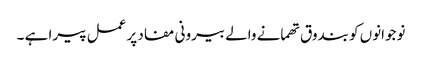
نوجوانوں کو بندوق تھمانے والے بیرونی مفاد پر عمل پیرا ہے ۔